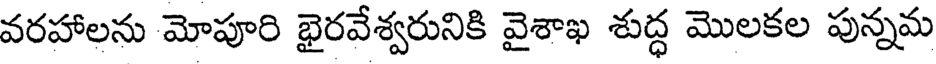
వరహాలను మోపూరి భైరవేశ్వరునికి వైశాఖ శుద్ధ మొలకల పున్నమ